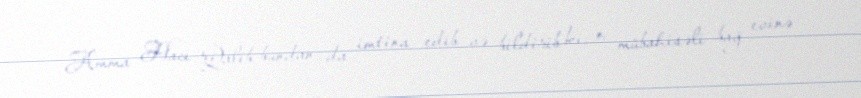
Amma Hacı Qalib bundan da imtina edib və bildirib ki, o, mübahisəli bağ evinə